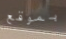
بموقع